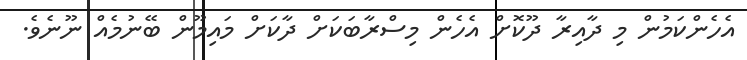
އެހެންކަމުން މި ދާއިރާ ދޫކޮށް އެހެން މިސްރާބަކަށް ދާކަށް މައިމޫން ބޭނުމެއް ނޫނެވެ.